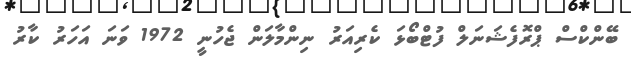
ބޭންކްސް ޕްރޮފެޝަނަލް ފުޓްބޯޅަ ކެރިއަރު ނިންމާލަން ޖެހުނީ 1972 ވަނަ އަހަރު ކާރު